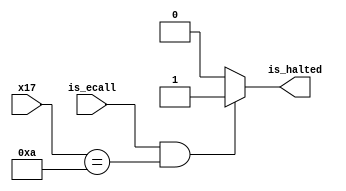
module HaltChecker(input [31:0] x17,
                   input is_ecall,
                   output reg is_halted);
    
    always @(*) begin
        if (is_ecall && x17 == 10) begin
            is_halted = 1;
        end
        else begin
            is_halted = 0;
        end
    end
endmodule